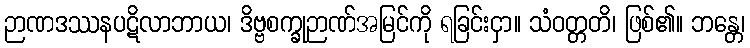
ဉာဏဒဿနပဋိလာဘာယ၊ ဒိဗ္ဗစက္ခုဉာဏ်အမြင်ကို ရခြင်းငှာ။ သံဝတ္တတိ၊ ဖြစ်၏။ ဘန္တေ၊